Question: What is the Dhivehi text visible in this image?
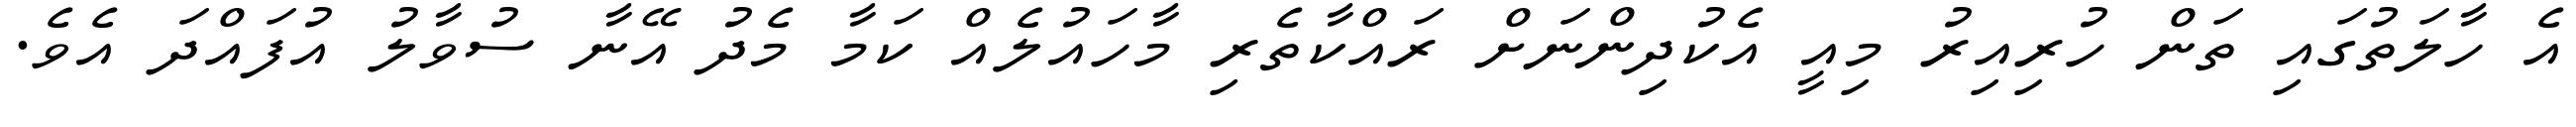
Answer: އެ ހާލަތުގައި ތަން ހުރިއިރު މިއީ އެކުދިންނަށް ރައްކާތެރި މާހައުލެއް ކަމާ މެދު އޭނާ ސުވާލު އުފައްދަ އެވެ.